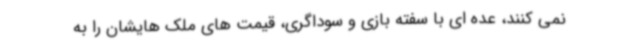
نمی کنند، عده ای با سفته بازی و سوداگری، قیمت های ملک هایشان را به